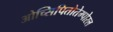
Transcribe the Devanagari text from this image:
ओच्सिपितोतेम्पोरल